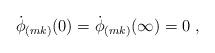
LaTeX: \begin{align*}\dot{\phi}_{(mk)}(0) = \dot{\phi}_{(mk)}(\infty) = 0 ~,\end{align*}